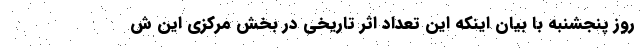
روز پنجشنبه با بیان اینکه این تعداد اثر تاریخی در بخش مرکزی این ش